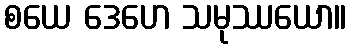
စယေ ဒေဟေ သမုဿယော။